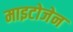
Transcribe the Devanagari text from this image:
माइटोजेन